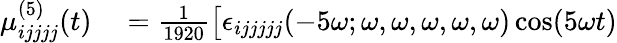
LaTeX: \begin{array}{rl}{\mu_{ijjjj}^{(5)}(t)}&{{}=\frac{1}{1920}\big[\epsilon_{ijjjjj}(-5\omega;\omega,\omega,\omega,\omega,\omega)\cos(5\omega t)}\end{array}